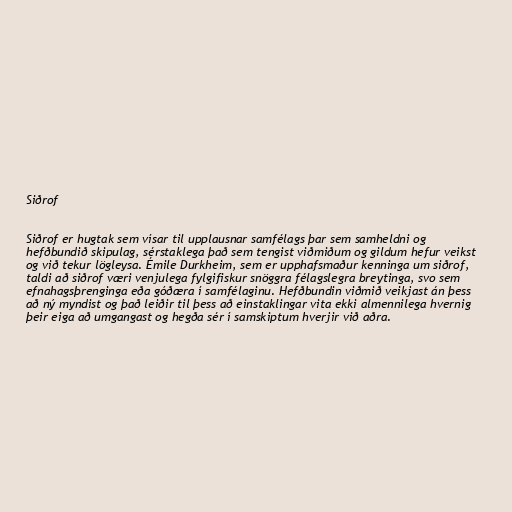
Siðrof

Siðrof er hugtak sem vísar til upplausnar samfélags þar sem samheldni og
hefðbundið skipulag, sérstaklega það sem tengist viðmiðum og gildum hefur veikst
og við tekur lögleysa. Émile Durkheim, sem er upphafsmaður kenninga um siðrof,
taldi að siðrof væri venjulega fylgifiskur snöggra félagslegra breytinga, svo sem
efnahagsþrenginga eða góðæra í samfélaginu. Hefðbundin viðmið veikjast án þess
að ný myndist og það leiðir til þess að einstaklingar vita ekki almennilega hvernig
þeir eiga að umgangast og hegða sér í samskiptum hverjir við aðra.